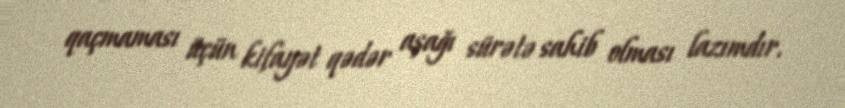
qaçmaması üçün kifayət qədər aşağı sürətə sahib olması lazımdır.